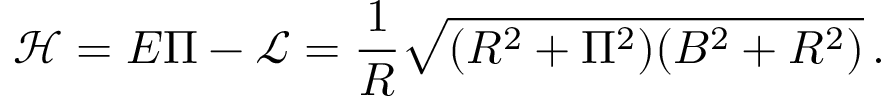
\mathcal { H } = E \Pi - \mathcal { L } = \frac { 1 } { R } \sqrt { ( R ^ { 2 } + \Pi ^ { 2 } ) ( B ^ { 2 } + R ^ { 2 } ) } \, .